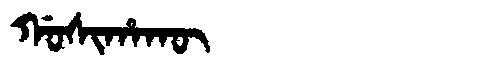
Manchu: ᡤᠣᠰᡳᡥᠠᡴᡡ
Romanization: GOSIHAKŪ